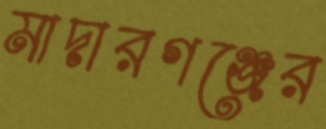
মাদারগঞ্জের